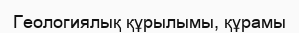
Геологиялық құрылымы, құрамы